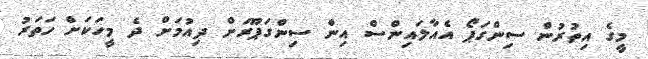
މީގެ އިތުރުން ސިންގަޕޯ އެއާލައިންސް އިން ސިންގަޕޫރަށް ދިއުމަށް ދެ މީހަކަށް ހަތަރު